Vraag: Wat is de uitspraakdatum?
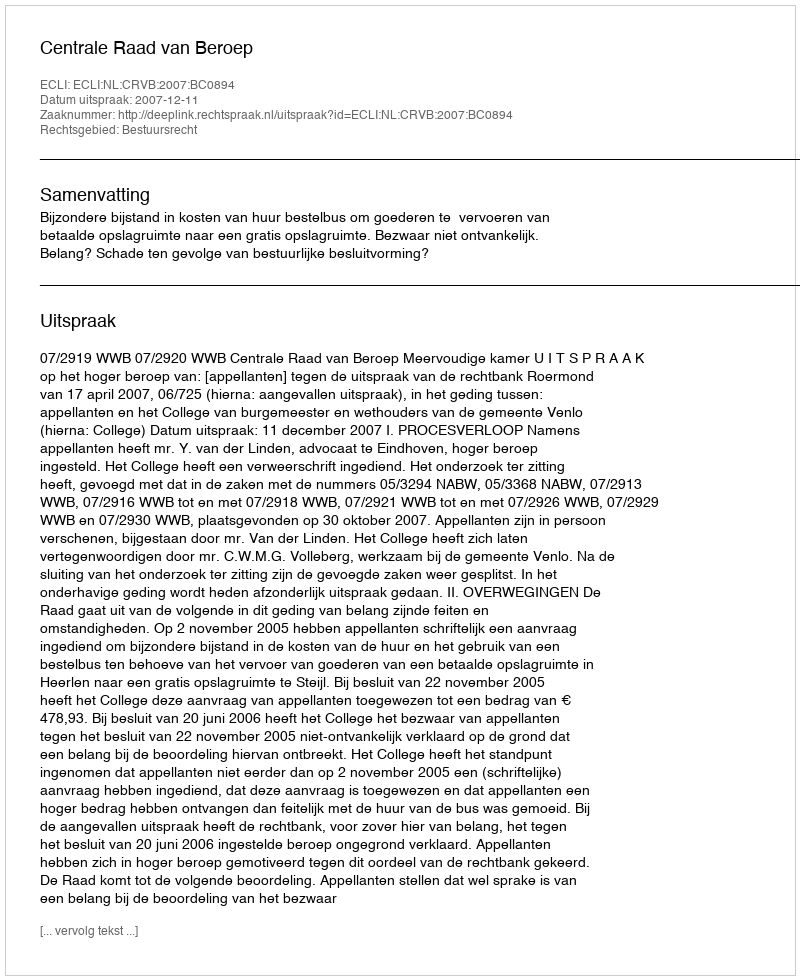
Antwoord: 2007-12-11